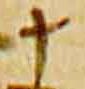
十